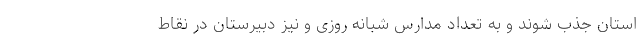
استان جذب شوند و به تعداد مدارس شبانه روزی و نیز دبیرستان در نقاط